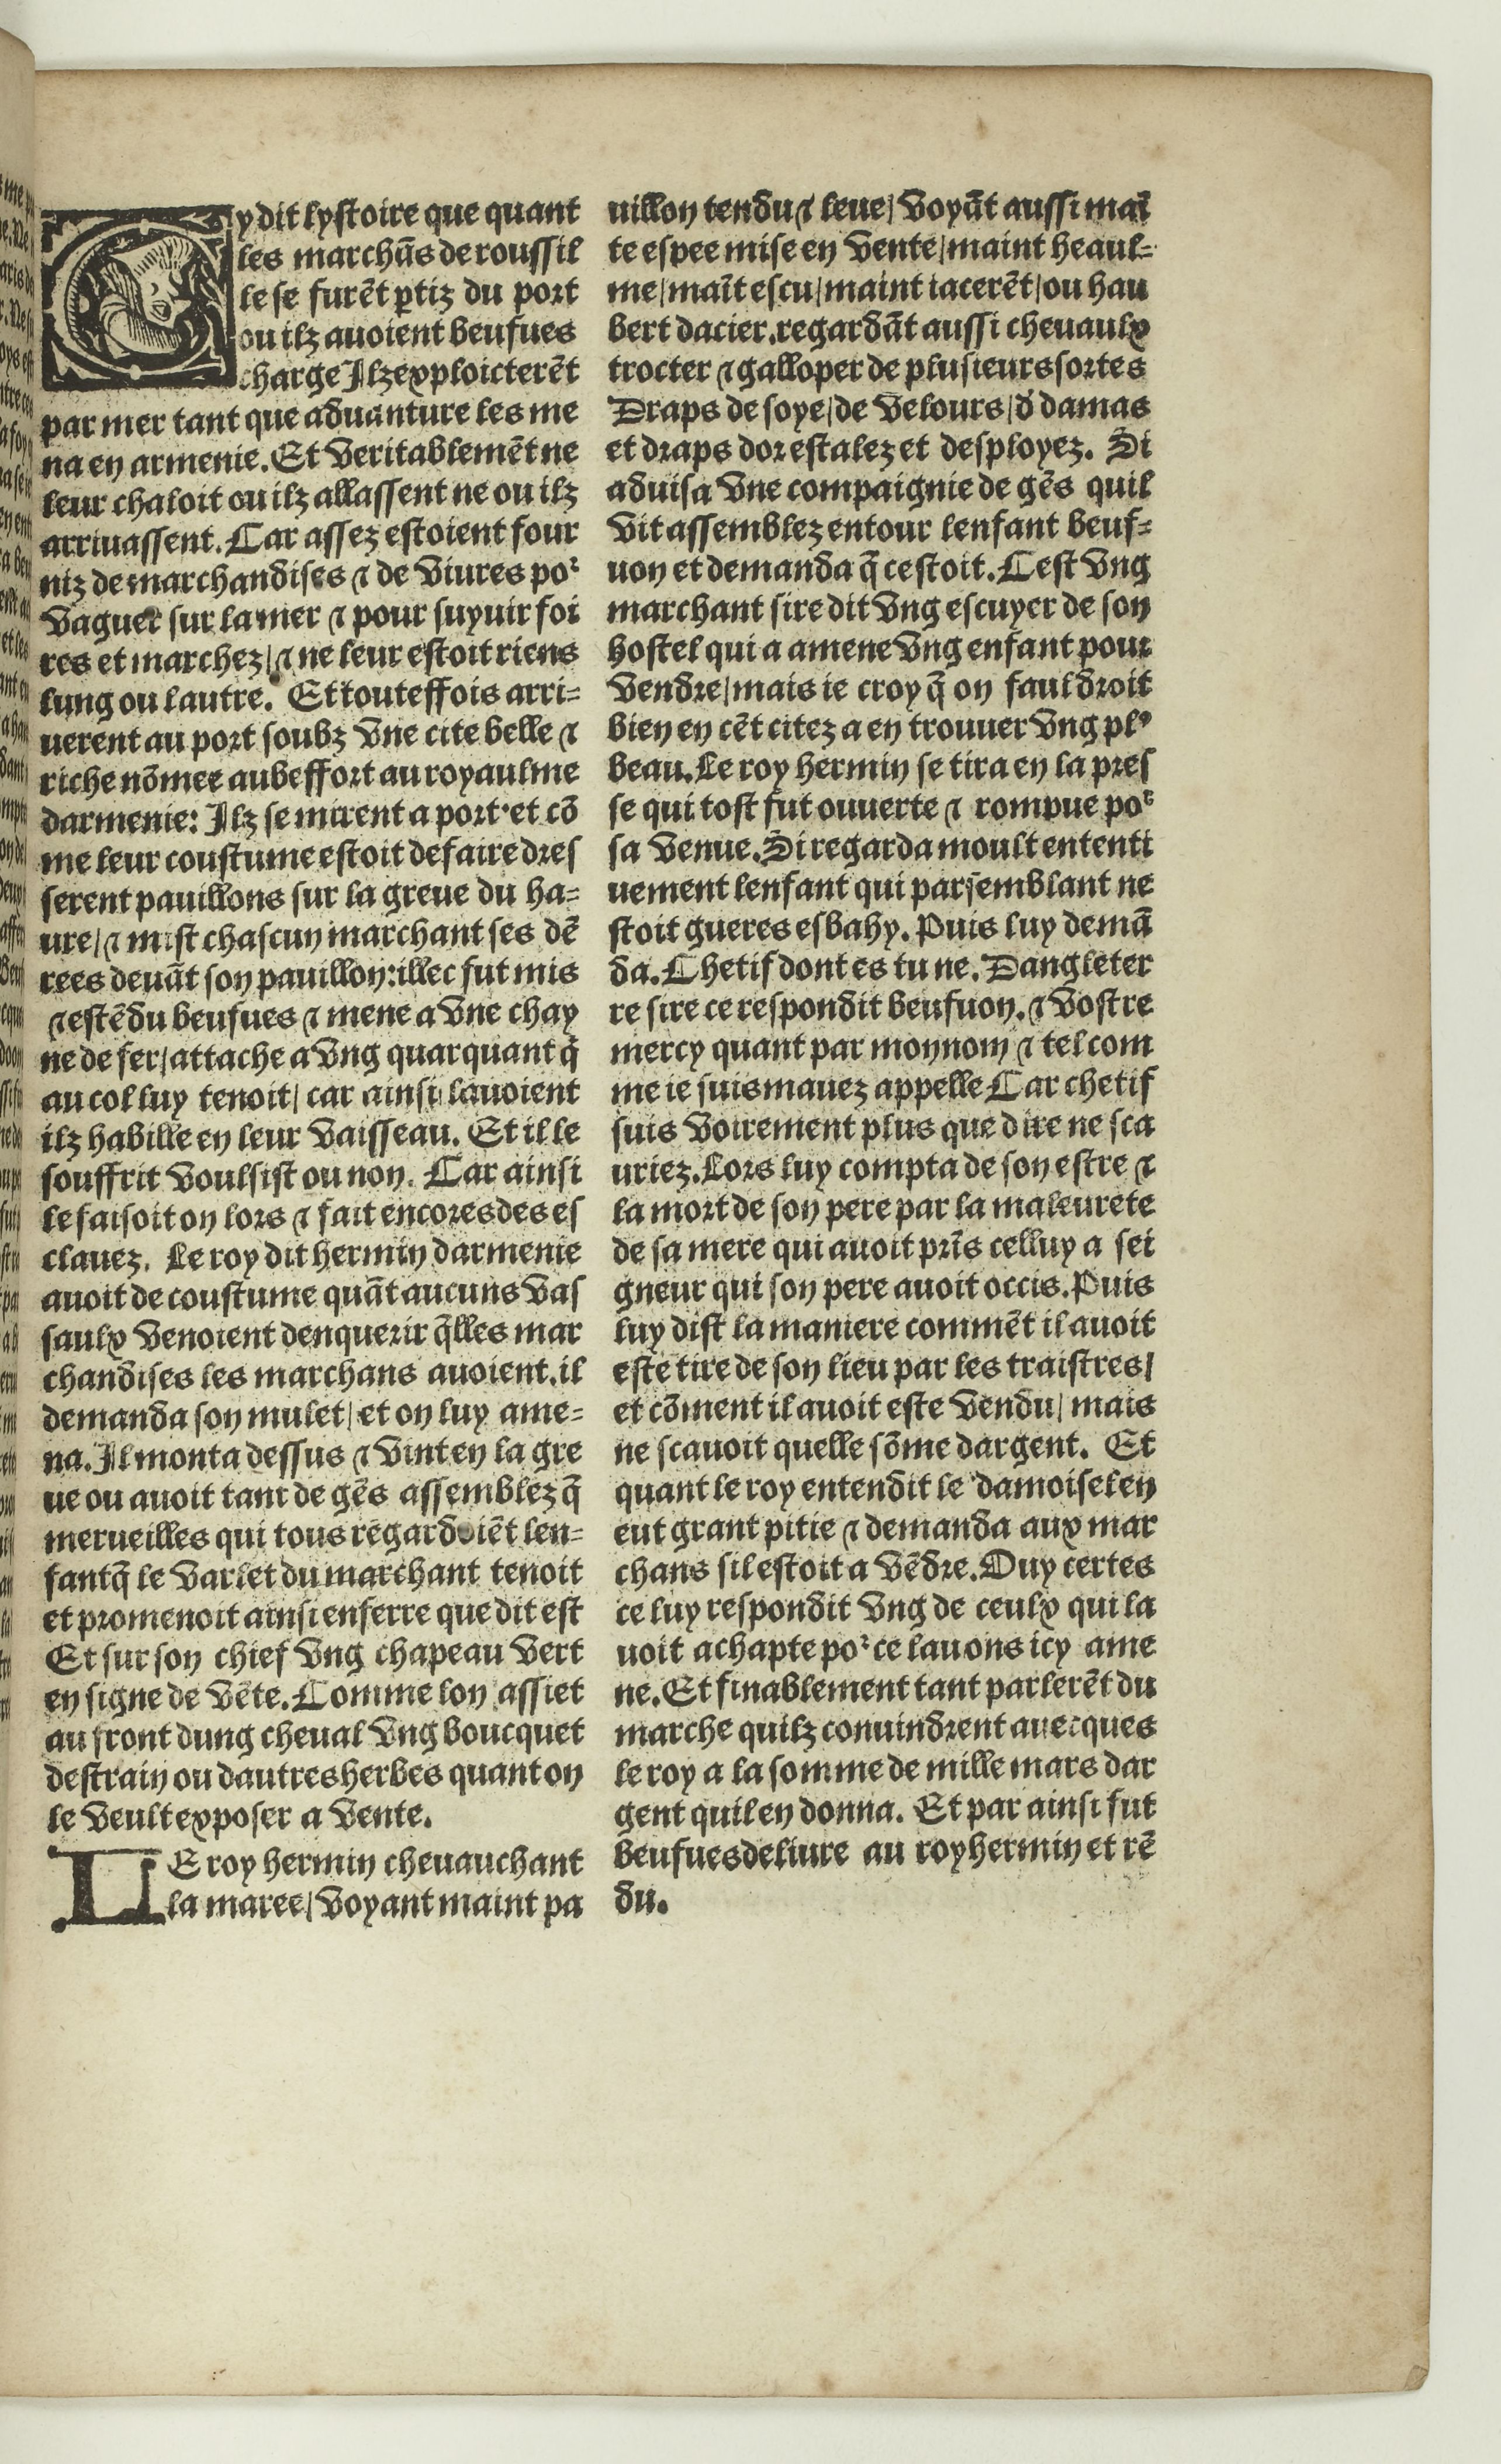
Shelfmark: Paris, BnF, Rés. Y2-674
Century: 16